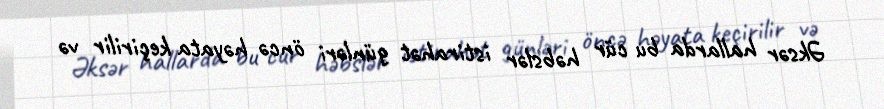
Əksər hallarda bu cür həbslər istirahət günləri öncə həyata keçirilir və